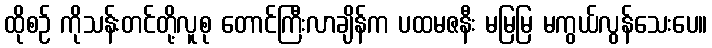
ထိုစဉ် ကိုသန်းတင်တို့လူစု တောင်ကြီးလာချိန်က ပထမဇနီး မမြမြ မကွယ်လွန်သေးပေ။